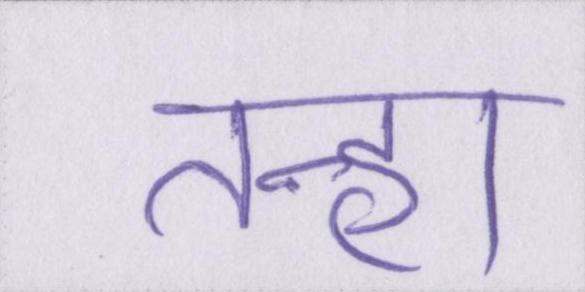
तन्हा